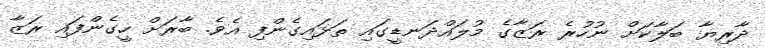
ދާރިޔާ ބަލާކަށް ނުހުރެ ރަޒާގެ މުލައްދަނޑީގައި ތަޅައިގެންފި އެވެ. ބާރަށް ހީގެންފައި ރަޒާ